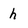
Character: h